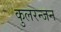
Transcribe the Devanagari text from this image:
कुलरन्जन